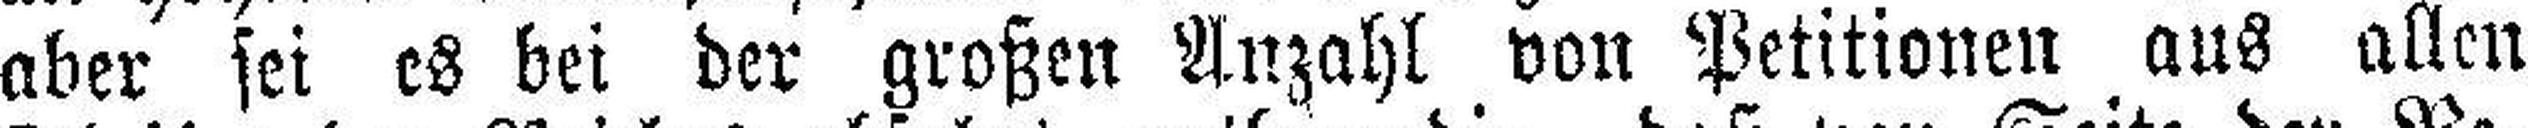
aber sei es bei der großen Anzahl von Petitionen aus allen